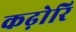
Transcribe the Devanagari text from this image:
कढ़ोरि